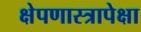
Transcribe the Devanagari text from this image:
क्षेपणास्त्रापेक्षा